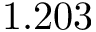
1 . 2 0 3